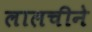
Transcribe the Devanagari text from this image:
लालचीने